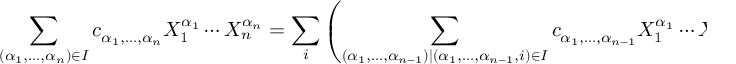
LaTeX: \sum _ { ( \alpha _ { 1 } , \ldots , \alpha _ { n } ) \in I } c _ { \alpha _ { 1 } , \ldots , \alpha _ { n } } X _ { 1 } ^ { \alpha _ { 1 } } \cdots X _ { n } ^ { \alpha _ { n } } = \sum _ { i } \left( \sum _ { ( \alpha _ { 1 } , \ldots , \alpha _ { n - 1 } ) \mid ( \alpha _ { 1 } , \ldots , \alpha _ { n - 1 } , i ) \in I } c _ { \alpha _ { 1 } , \ldots , \alpha _ { n - 1 } } X _ { 1 } ^ { \alpha _ { 1 } } \cdots X _ { n - 1 } ^ { \alpha _ { n - 1 } } \right) X _ { n } ^ { i } ,